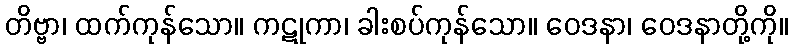
တိဗ္ဗာ၊ ထက်ကုန်သော။ ကဋုကာ၊ ခါးစပ်ကုန်သော။ ဝေဒနာ၊ ဝေဒနာတို့ကို။